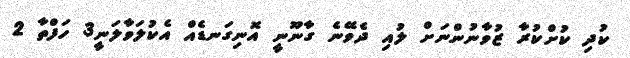
ކުދި ކުށްކުރާ ޒުވާނުންނަށް ލުއި ދެވޭނެ ގާނޫނީ އޮނިގަނޑެއް އެކުލަވާލަނީ3 ހަފްތާ 2